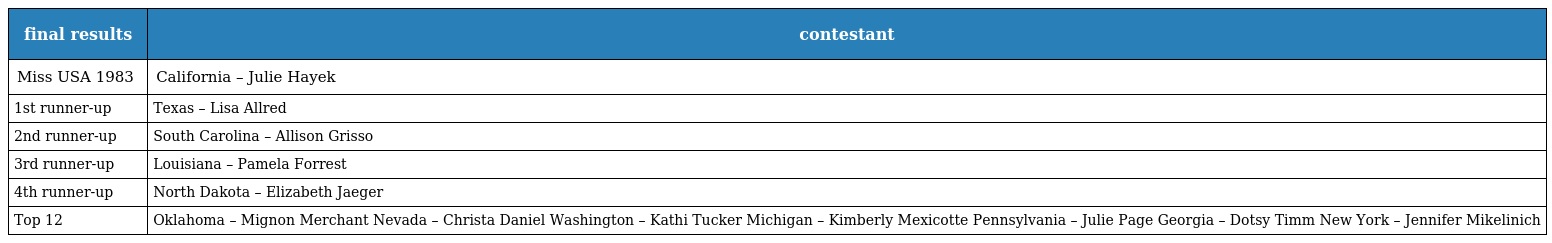
| final results | contestant |
 | --- | --- |
 | Miss USA 1983 | California – Julie Hayek |
 | 1st runner-up | Texas – Lisa Allred |
 | 2nd runner-up | South Carolina – Allison Grisso |
 | 3rd runner-up | Louisiana – Pamela Forrest |
 | 4th runner-up | North Dakota – Elizabeth Jaeger |
 | Top 12 | Oklahoma – Mignon Merchant Nevada – Christa Daniel Washington – Kathi Tucker Michigan – Kimberly Mexicotte Pennsylvania – Julie Page Georgia – Dotsy Timm New York – Jennifer Mikelinich |